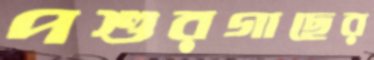
পশুরগাছের